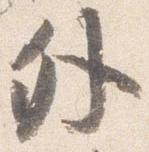
外